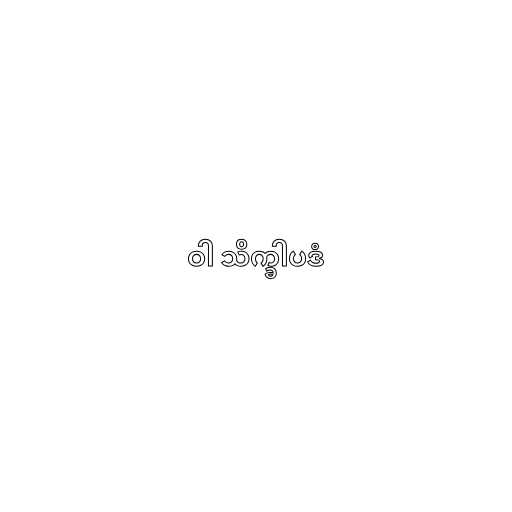
ဝါ သိက္ခါပဒံ